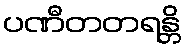
ပဏီတတရန္တိ